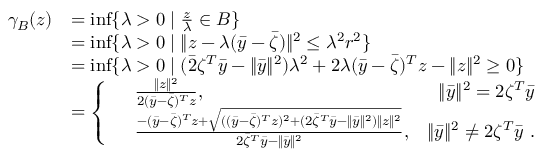
\begin{array} { r l } { \gamma _ { B } ( z ) } & { = \operatorname* { i n f } \{ \lambda > 0 \mid \frac { z } { \lambda } \in B \} } \\ & { = \operatorname* { i n f } \{ \lambda > 0 \mid \| z - \lambda ( \bar { y } - \bar { \zeta } ) \| ^ { 2 } \leq \lambda ^ { 2 } r ^ { 2 } \} } \\ & { = \operatorname* { i n f } \{ \lambda > 0 \mid ( \bar { 2 } \zeta ^ { T } \bar { y } - \| \bar { y } \| ^ { 2 } ) \lambda ^ { 2 } + 2 \lambda ( \bar { y } - \bar { \zeta } ) ^ { T } z - \| z \| ^ { 2 } \geq 0 \} } \\ & { = \left\{ \begin{array} { r l r } & { \frac { \| z \| ^ { 2 } } { 2 ( \bar { y } - \bar { \zeta } ) ^ { T } z } , } & { \| \bar { y } \| ^ { 2 } = 2 \zeta ^ { T } \bar { y } } \\ & { \frac { - ( \bar { y } - \bar { \zeta } ) ^ { T } z + \sqrt { ( ( \bar { y } - \bar { \zeta } ) ^ { T } z ) ^ { 2 } + ( 2 \bar { \zeta } ^ { T } \bar { y } - \| \bar { y } \| ^ { 2 } ) \| z \| ^ { 2 } } } { 2 \bar { \zeta } ^ { T } \bar { y } - \| \bar { y } \| ^ { 2 } } , } & { \| \bar { y } \| ^ { 2 } \neq 2 \zeta ^ { T } \bar { y } \ . } \end{array} \right. } \end{array}